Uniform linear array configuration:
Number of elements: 4
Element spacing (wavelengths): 0.25
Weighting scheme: kaiser
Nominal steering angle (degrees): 45
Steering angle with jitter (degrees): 43.379
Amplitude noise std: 0.05
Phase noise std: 0.05

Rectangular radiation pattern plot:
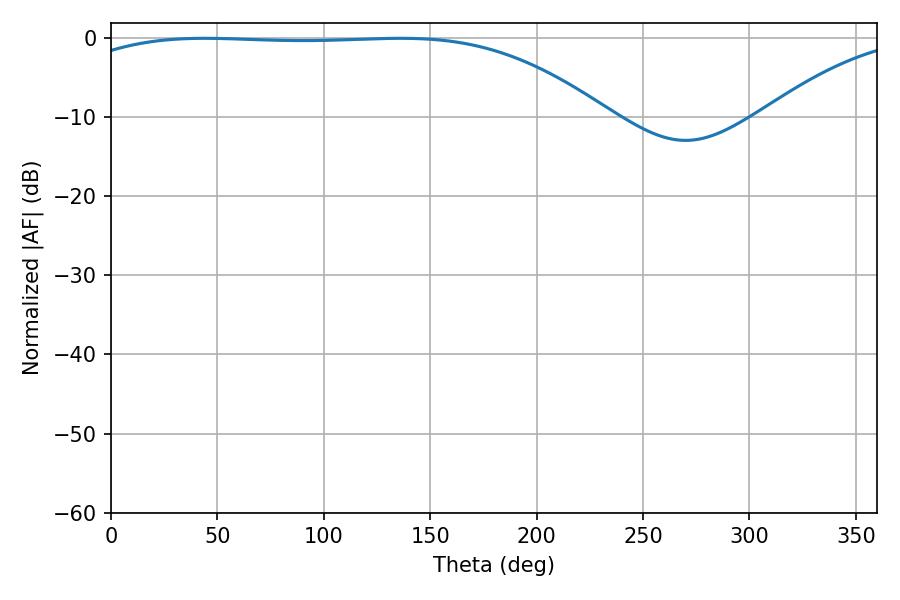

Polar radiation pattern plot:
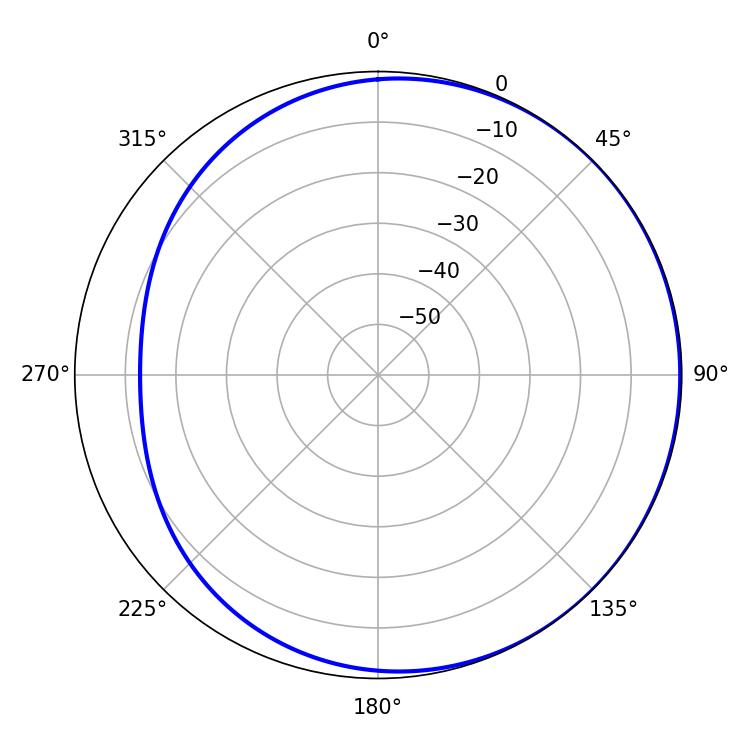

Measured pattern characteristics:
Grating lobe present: FALSE
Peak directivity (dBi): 0.9631
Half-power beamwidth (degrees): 194.94
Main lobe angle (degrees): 43.92